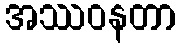
အဿဝနတာ